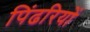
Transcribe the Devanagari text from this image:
पिंढरियों